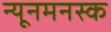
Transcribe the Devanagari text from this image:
न्यूनमनस्क